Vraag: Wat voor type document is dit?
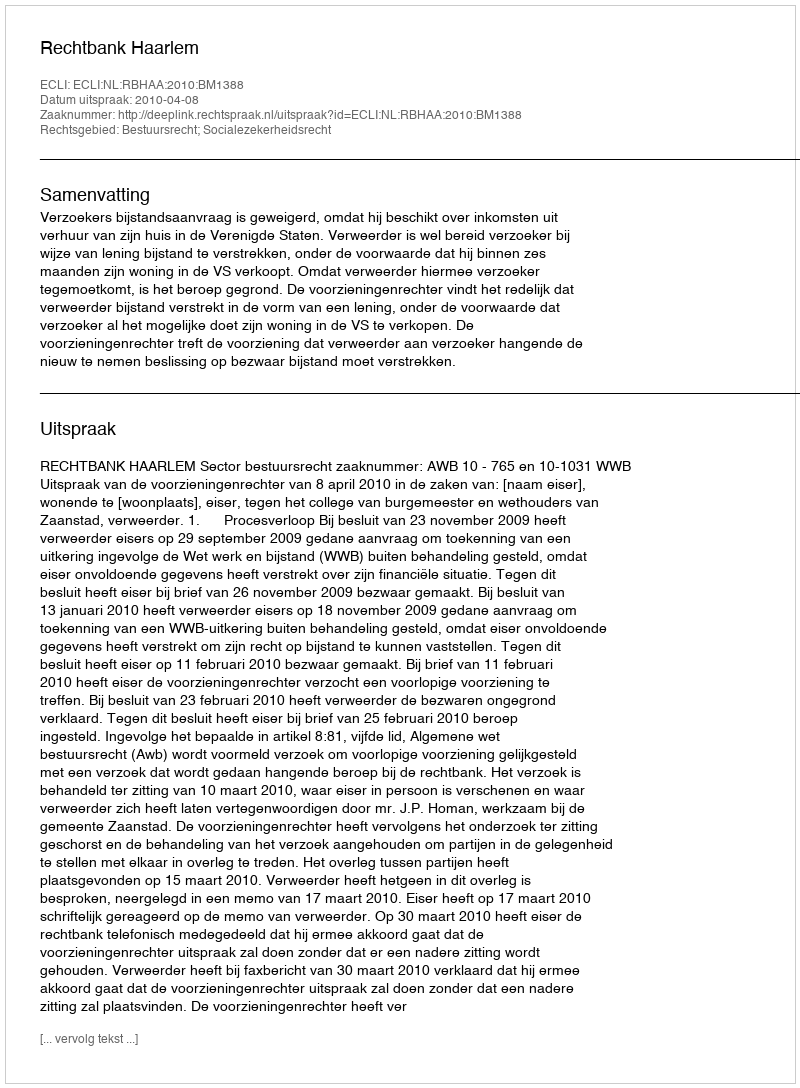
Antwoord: Uitspraak